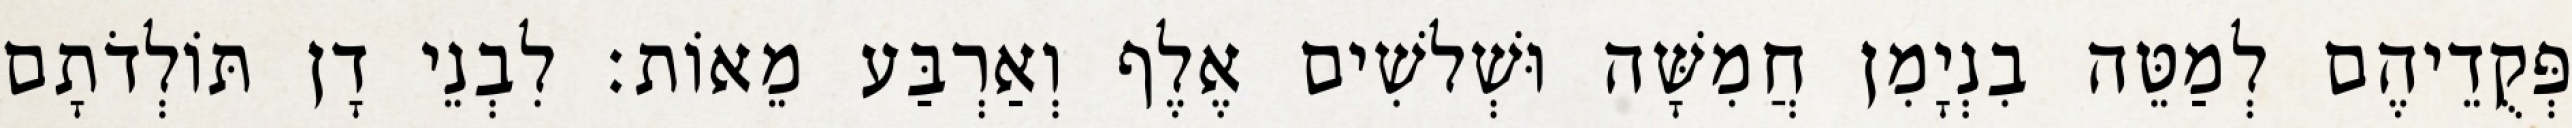
פְּקֻדֵיהֶם לְמַטֵּה בִנְיָמִן חֲמִשָּׁה וּשְׁלשִׁים אֶלֶף וְאַרְבַּע מֵאוֹת׃ לִבְנֵי דָן תּוֹלְדֹתָם